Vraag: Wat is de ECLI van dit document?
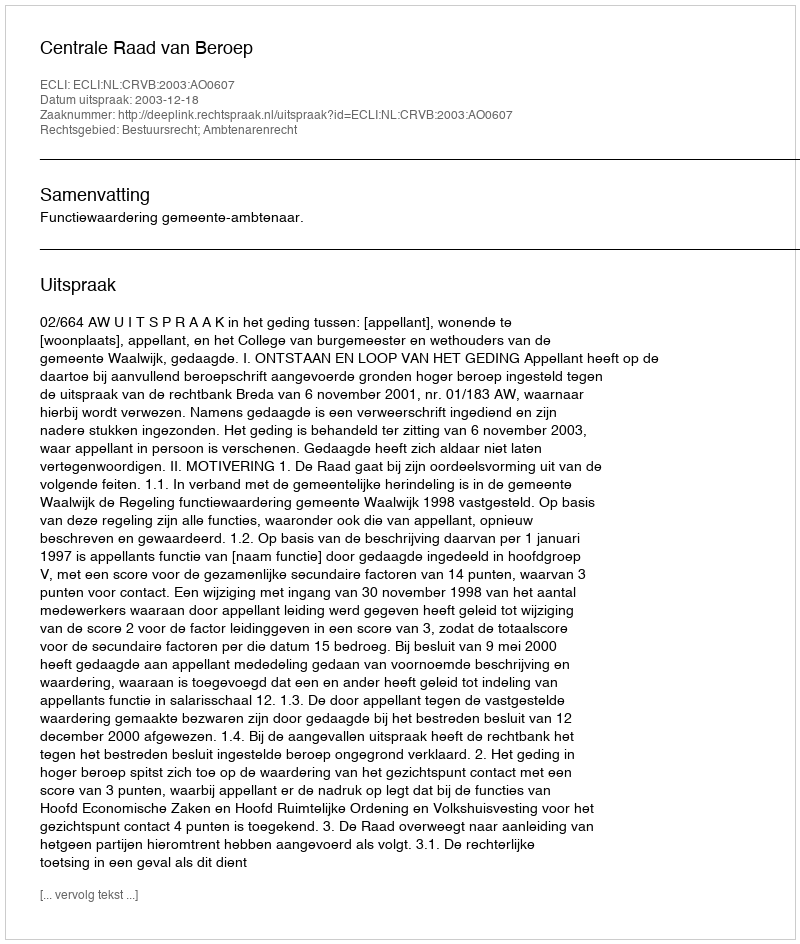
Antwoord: ECLI:NL:CRVB:2003:AO0607